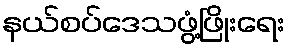
နယ်စပ်ဒေသဖွံ့ဖြိုးရေး